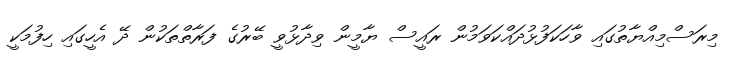
މިރަސްމިއްޔާތުގައި ވާހަކަފުޅުދައްކަވަމުން ރައީސް ޔާމީން ވިދާޅުވީ ބޭރުގެ ފަރާތްތަކުން ދޭ އެހީގައި ހިފުމަކީ